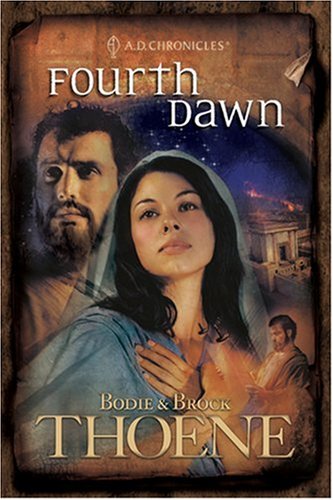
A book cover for Fourth Dawn (A. D. Chronicles, Book 4); Bodie Thoene; Religion & Spirituality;